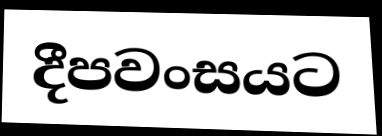
දීපවංසයට